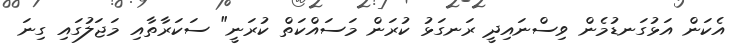
އެކަން އަޅުގަނޑުމެން ވިސްނައިދީ ރަނގަޅު ކުރަން މަސައްކަތް ކުރަނީ" ސަކަރާތާއި މަޖަލުގައި ގިނަ